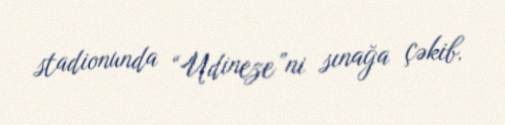
stadionunda “Udineze”ni sınağa çəkib.